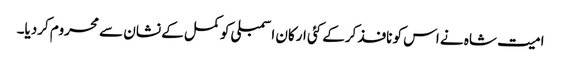
امیت شاہ نے اس کو نافذ کرکے کئی ارکان اسمبلی کو کمل کے نشان سے محروم کردیا۔